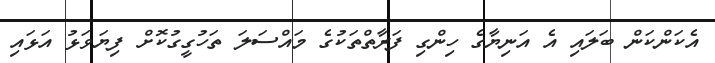
އެކަންކަން ބަލައި އެ އަނިޔާގެ ހިންގި ފަރާތްތަކުގެ މައްސަލަ ތަހުގީގުކޮށް ފިޔަވަޅު އަޅައި